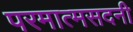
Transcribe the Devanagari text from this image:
परमात्मसदनी